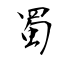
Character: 蜀